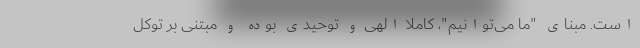
است. مبنای "ما می‌توانیم"، کاملا الهی و توحیدی بوده و مبتنی بر توکل